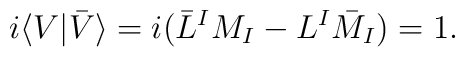
i\langle V|\bar{V}\rangle =i(\bar{L}^{I}M_{I}-L^{I}\bar{M}_{I})=1.